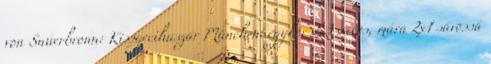
von Sauerbronn: Kissgecihuszár Müncheni.egykor 2x3 sávos, mára 2x1 sávossá